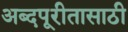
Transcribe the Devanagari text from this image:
अब्दपूरीतासाठी